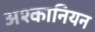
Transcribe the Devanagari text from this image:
अश्कानियन